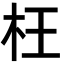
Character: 枉